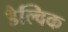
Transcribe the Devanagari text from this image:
डैल्विक